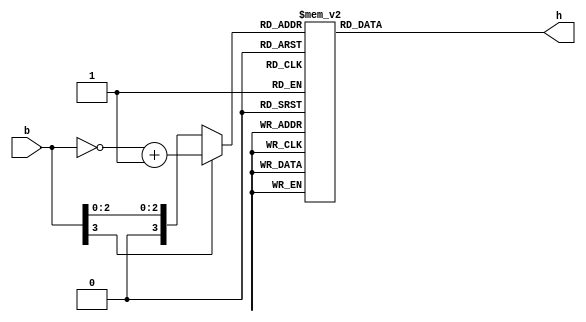
module bin7seg(
	 input  [3:0] b,
	 output reg [6:0] h
	);
	reg [3:0] tb;
	
   // Set sgn = '-' if SUM is negative
   assign sgn = (b[3] == 1) ? 7'b0111111 : 7'b1111111;
	
	always @(b) begin
		tb = (b[3] == 1) ? (~b + 1) : b;
		case (tb)
			4'd0 : h = 7'b1000000;
			4'd1 : h = 7'b1111001;
			4'd2 : h = 7'b0100100;
			4'd3 : h = 7'b0110000;
			4'd4 : h = 7'b0011001;
			4'd5 : h = 7'b0010010;
			4'd6 : h = 7'b0000010;
			4'd7 : h = 7'b1111000;
			4'd8 : h = 7'b0000000;
			default : h = 7'b1111111;
		endcase
	end
endmodule